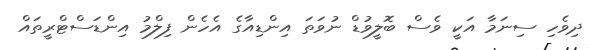
ދިވެހި ސިނަމާ އަކީ ވެސް ބޮލީވުޑް ނުވަތަ އިންޑިއާގެ އެހެން ފިލްމު އިންޑަސްޓްރީތައް